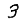
Digit: 3